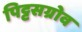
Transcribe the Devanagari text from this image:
पिट्टसग्रोव